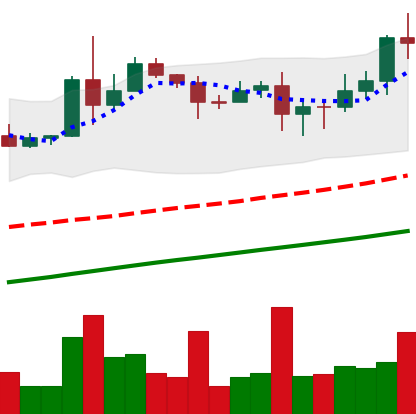
Ticker: XLM-USD
Chart end date: 2020-08-17
Forward return: -9.847%
Label: down_7plus